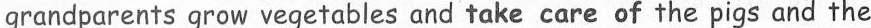
grandparents grow vegetables and take care of the pigs and the